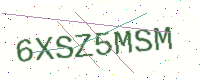
Text: 6XSZ5MSM